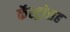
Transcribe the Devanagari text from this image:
कॅस्ट्रोसह